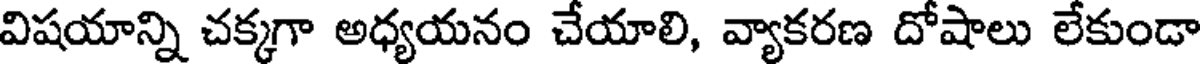
విషయాన్ని చక్కగా అధ్యయనం చేయాలి, వ్యాకరణ దోషాలు లేకుండా